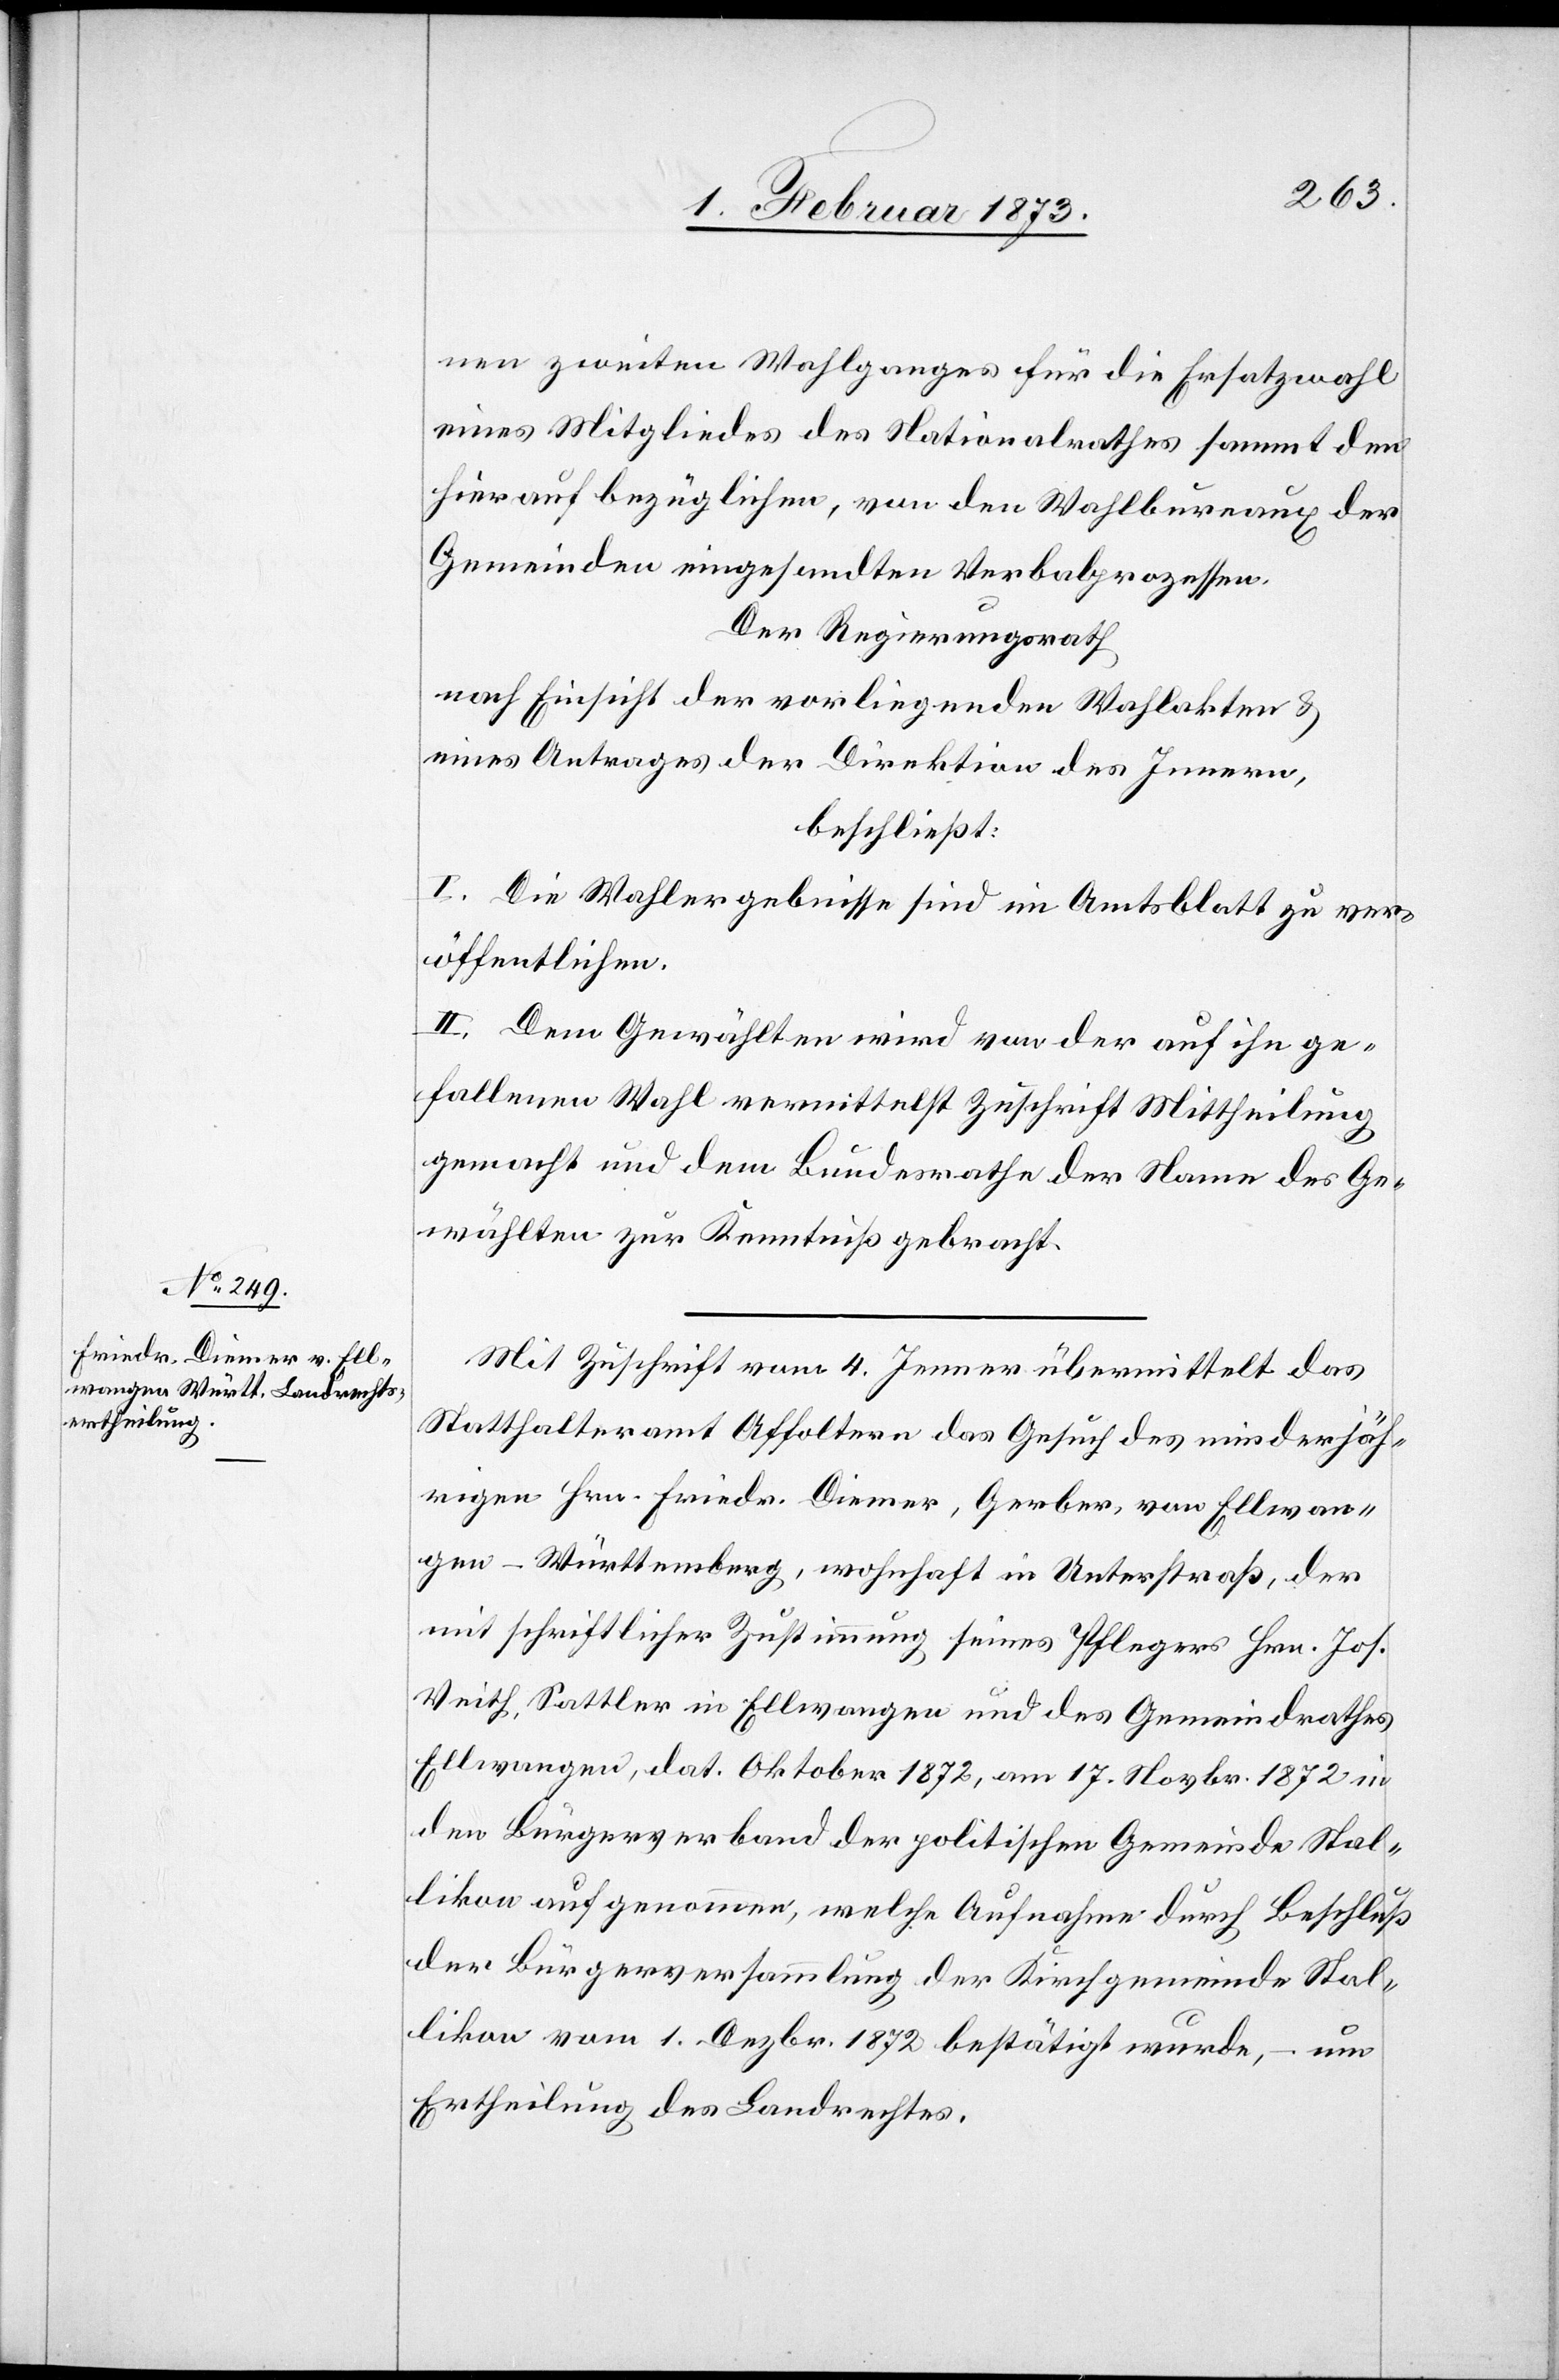
nen zweiten Wahlganges für die Ersatzwahl
eines Mitgliedes des Nationalrathes sammt den
hierauf bezüglichen, von den Wahlbureaux der
Gemeinden eingesandten Verbalprozessen.
Der Regierungsrath
nach Einsicht der vorliegenden Wahlakten u.
eines Antrages der Direktion des Innern,
beschließt:
I. Die Wahlergebnisse sind im Amtsblatt zu ver¬
öffentlichen.
II. Dem Gewählten wird von der auf ihn ge¬
fallenen Wahl vermittelst Zuschrift Mittheilung
gemacht und dem Bundesrathe der Name des Ge¬
wählten zur Kenntniß gebracht.
Mit Zuschrift vom 4. Jenner übermittelt das
Statthalteramt Affoltern das Gesuch des minderjäh¬
rigen Hrn. Friedr. Diemer, Gerber, von Ellwan¬
gen-Württemberg, wohnhaft in Unterstraß, der
mit schriftlicher Zustimmung seines Pflegers Hrn. Joh.
Veith, Sattler in Ellwangen und des Gemeindrathes
Ellwangen, dat. Oktober 1872, am 17. Novbr. 1872 in
den Bürgerverband der politischen Gemeinde Stal¬
likon aufgenommen, welche Aufnahme durch Beschluß
der Bürgerversammlung der Kirchgemeinde Stal¬
likon vom 1. Dezbr. 1872 bestätigt wurde, – um
Ertheilung des Landrechtes.